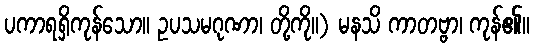
ပကာရရှိကုန်သော။ ဥပသမဂုဏာ၊ တို့ကို။) မနသိ ကာတဗ္ဗာ၊ ကုန်၏။